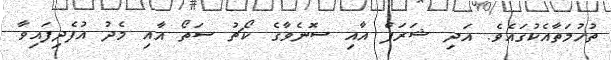
ތުހުމަތާއެކުގައެވެ. އަދި ޝަރަފް އާއި ސޮނެވާގެ ކޯޗު ސަތޯ އާއި މެދު އުފެދިފައިވާ